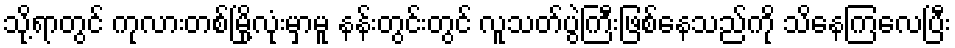
သို့ရာတွင် ကုလားတစ်မြို့လုံးမှာမူ နန်းတွင်းတွင် လူသတ်ပွဲကြီးဖြစ်နေသည်ကို သိနေကြလေပြီး